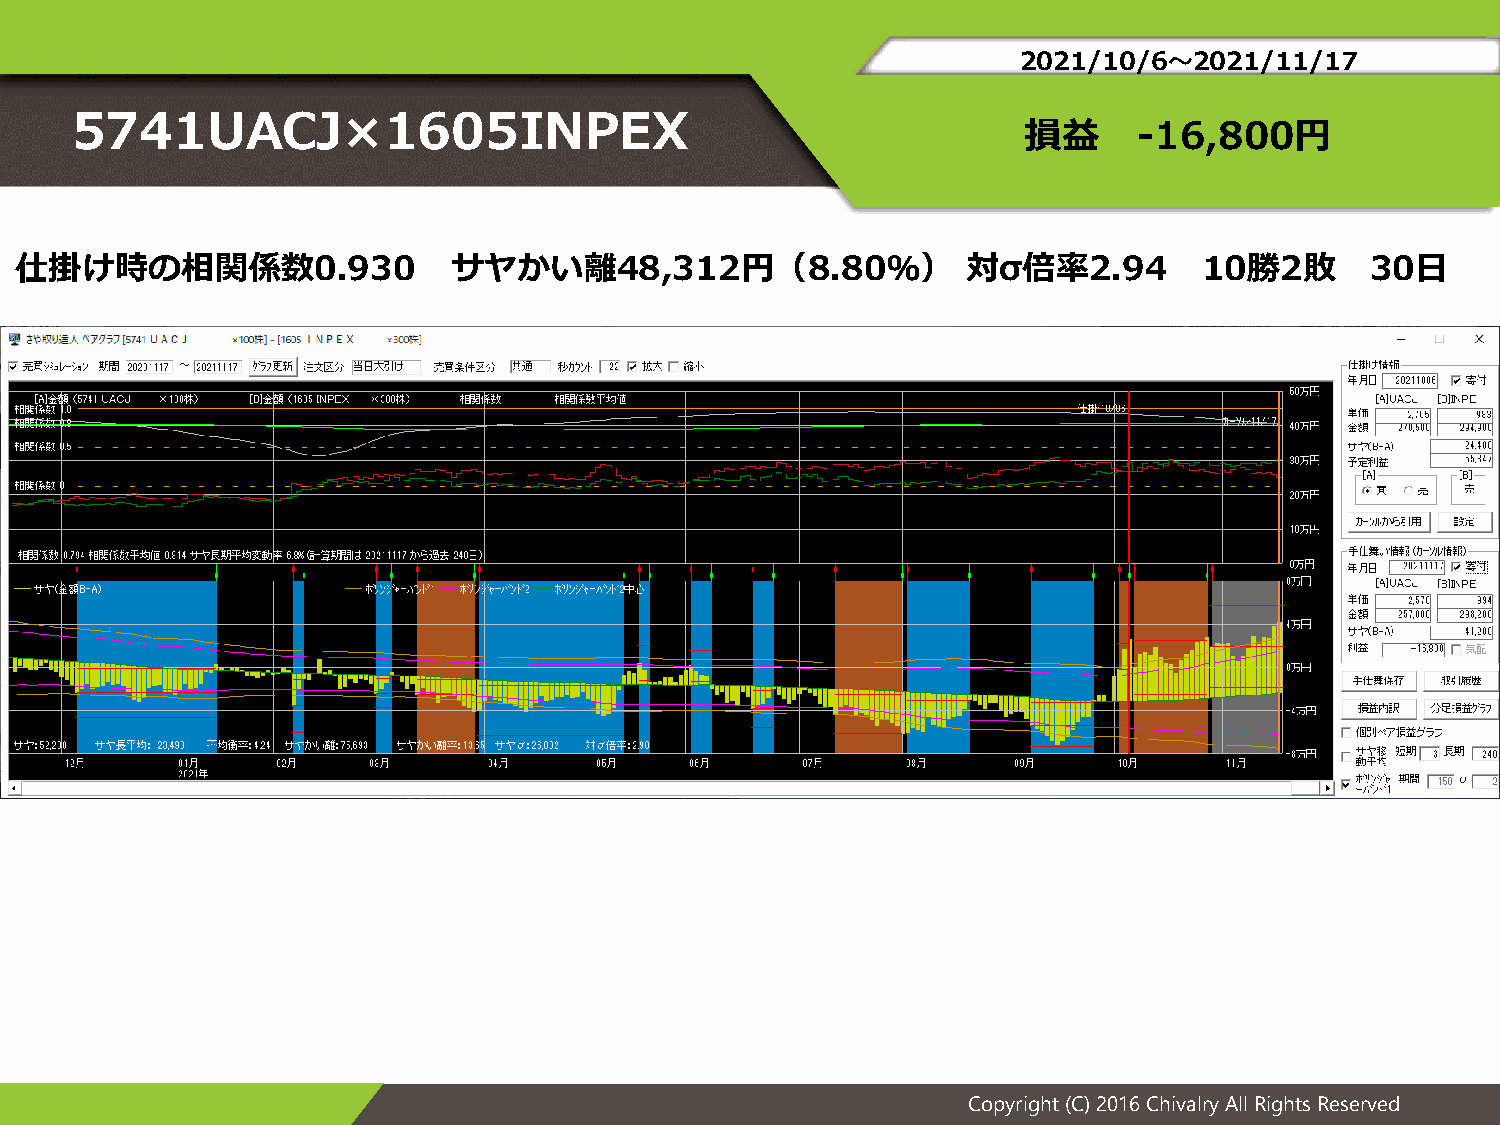
2021/10/6～2021/11/17
 5741UACJ×1605INPEX
 損益     -16,800円
 仕掛け時の相関係数0.930               サヤかい離48,312円（8.80％）               対σ倍率2.94        10勝2敗      30日
 Copyright (C) 2016 Chivalry All Rights Reserved